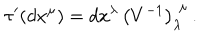
\tau ^ { \prime } ( d x ^ { \mu } ) = { } d x ^ { \lambda } \, \left( V ^ { - 1 } \right) _ { \lambda } ^ { \, \, \mu } \, .